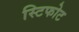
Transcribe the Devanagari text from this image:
स्टिफोट